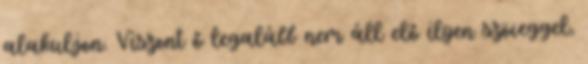
alakuljon. Viszont ő legalább nem áll elő ilyen szöveggel,